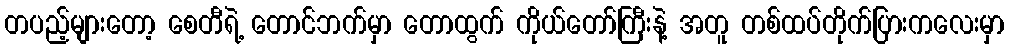
တပည့်များတော့ စေတီရဲ့ တောင်ဘက်မှာ တောထွက် ကိုယ်တော်ကြီးနဲ့ အတူ တစ်ထပ်တိုက်ပြားကလေးမှာ